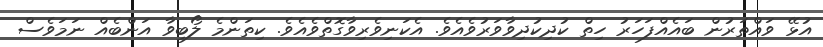
އުޅޭ ވައްތަރުން ބައެއްފަހަރު ހިތް ކުދިކުދިވާވަރުވެއެވެ. އެކަނިވެރިވާގޮތްވެއެވެ. ކިތަންމެ ލޯބިވާ އަންބެއް ނަމަވެސް